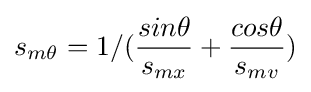
{s}_{m\theta }=1/({\frac {sin\theta }{s_{mx}}}+{\frac {cos\theta }{s_{mv}}})